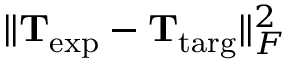
\lVert \mathbf { T } _ { \mathrm { e x p } } - \mathbf { T } _ { \mathrm { t a r g } } \rVert _ { F } ^ { 2 }